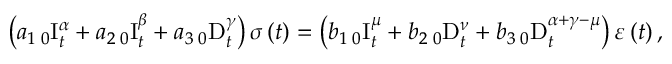
\left( a _ { 1 } \, _ { 0 } \mathrm { I } _ { t } ^ { \alpha } + a _ { 2 } \, _ { 0 } \mathrm { I } _ { t } ^ { \beta } + a _ { 3 } \, _ { 0 } \mathrm { D } _ { t } ^ { \gamma } \right) \sigma \left( t \right) = \left( b _ { 1 } \, _ { 0 } \mathrm { I } _ { t } ^ { \mu } + b _ { 2 } \, _ { 0 } \mathrm { D } _ { t } ^ { \nu } + b _ { 3 } \, _ { 0 } \mathrm { D } _ { t } ^ { \alpha + \gamma - \mu } \right) \varepsilon \left( t \right) ,